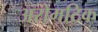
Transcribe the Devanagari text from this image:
अरोमटिक